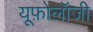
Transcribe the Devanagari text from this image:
यूफ़ोलॉजी